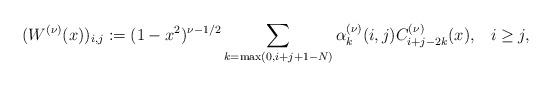
LaTeX: \begin{align*}(W^{(\nu)}(x))_{i,j}&:=(1-x^2)^{\nu-1/2}\sum_{k=\operatorname{max}(0,i+j+1-N)}\alpha^{(\nu)}_k(i,j)C^{(\nu)}_{i+j-2k}(x), & i\geq j,\end{align*}